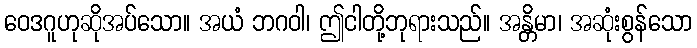
ဝေဒဂူဟုဆိုအပ်သော။ အယံ ဘဂဝါ၊ ဤငါတို့ဘုရားသည်။ အန္တိမာ၊ အဆုံးစွန်သော